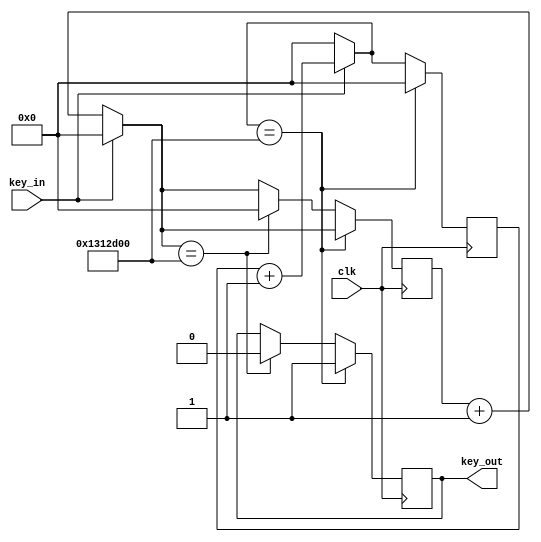
`timescale 1ns / 1ps
module xiaodou(input key_in, input clk,
output reg key_out
);
reg [32:0]count_low, count_high;
parameter SAMPLE_TIME = 20000000;
initial 
begin
count_low = 0;
count_high = 0;
key_out = 0;
end

always @(posedge clk)
    begin
        if(key_in == 0) count_low = count_low + 1;
        else count_low = 0;
        if(key_in == 1) count_high = count_high + 1;
        else count_high = 0;
        if(count_high == SAMPLE_TIME)
        begin 
            key_out = 1;
            count_high = 0;
        end
        else if(count_low == SAMPLE_TIME)
        begin
            key_out = 0;
            count_low = 0;
        end
    end
endmodule